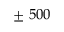
\pm ~ 5 0 0